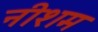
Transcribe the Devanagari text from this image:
नीशम